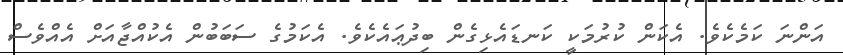
އަންނަ ކަމެކެވެ. އެކަން ކުރުމަކީ ކަނޑައެޅިގެން ބިދުޢައެކެވެ. އެކަމުގެ ސަބަބުން އެކުއްޖާއަށް އެއްވެސް